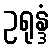
ဥရုန္ဒံ